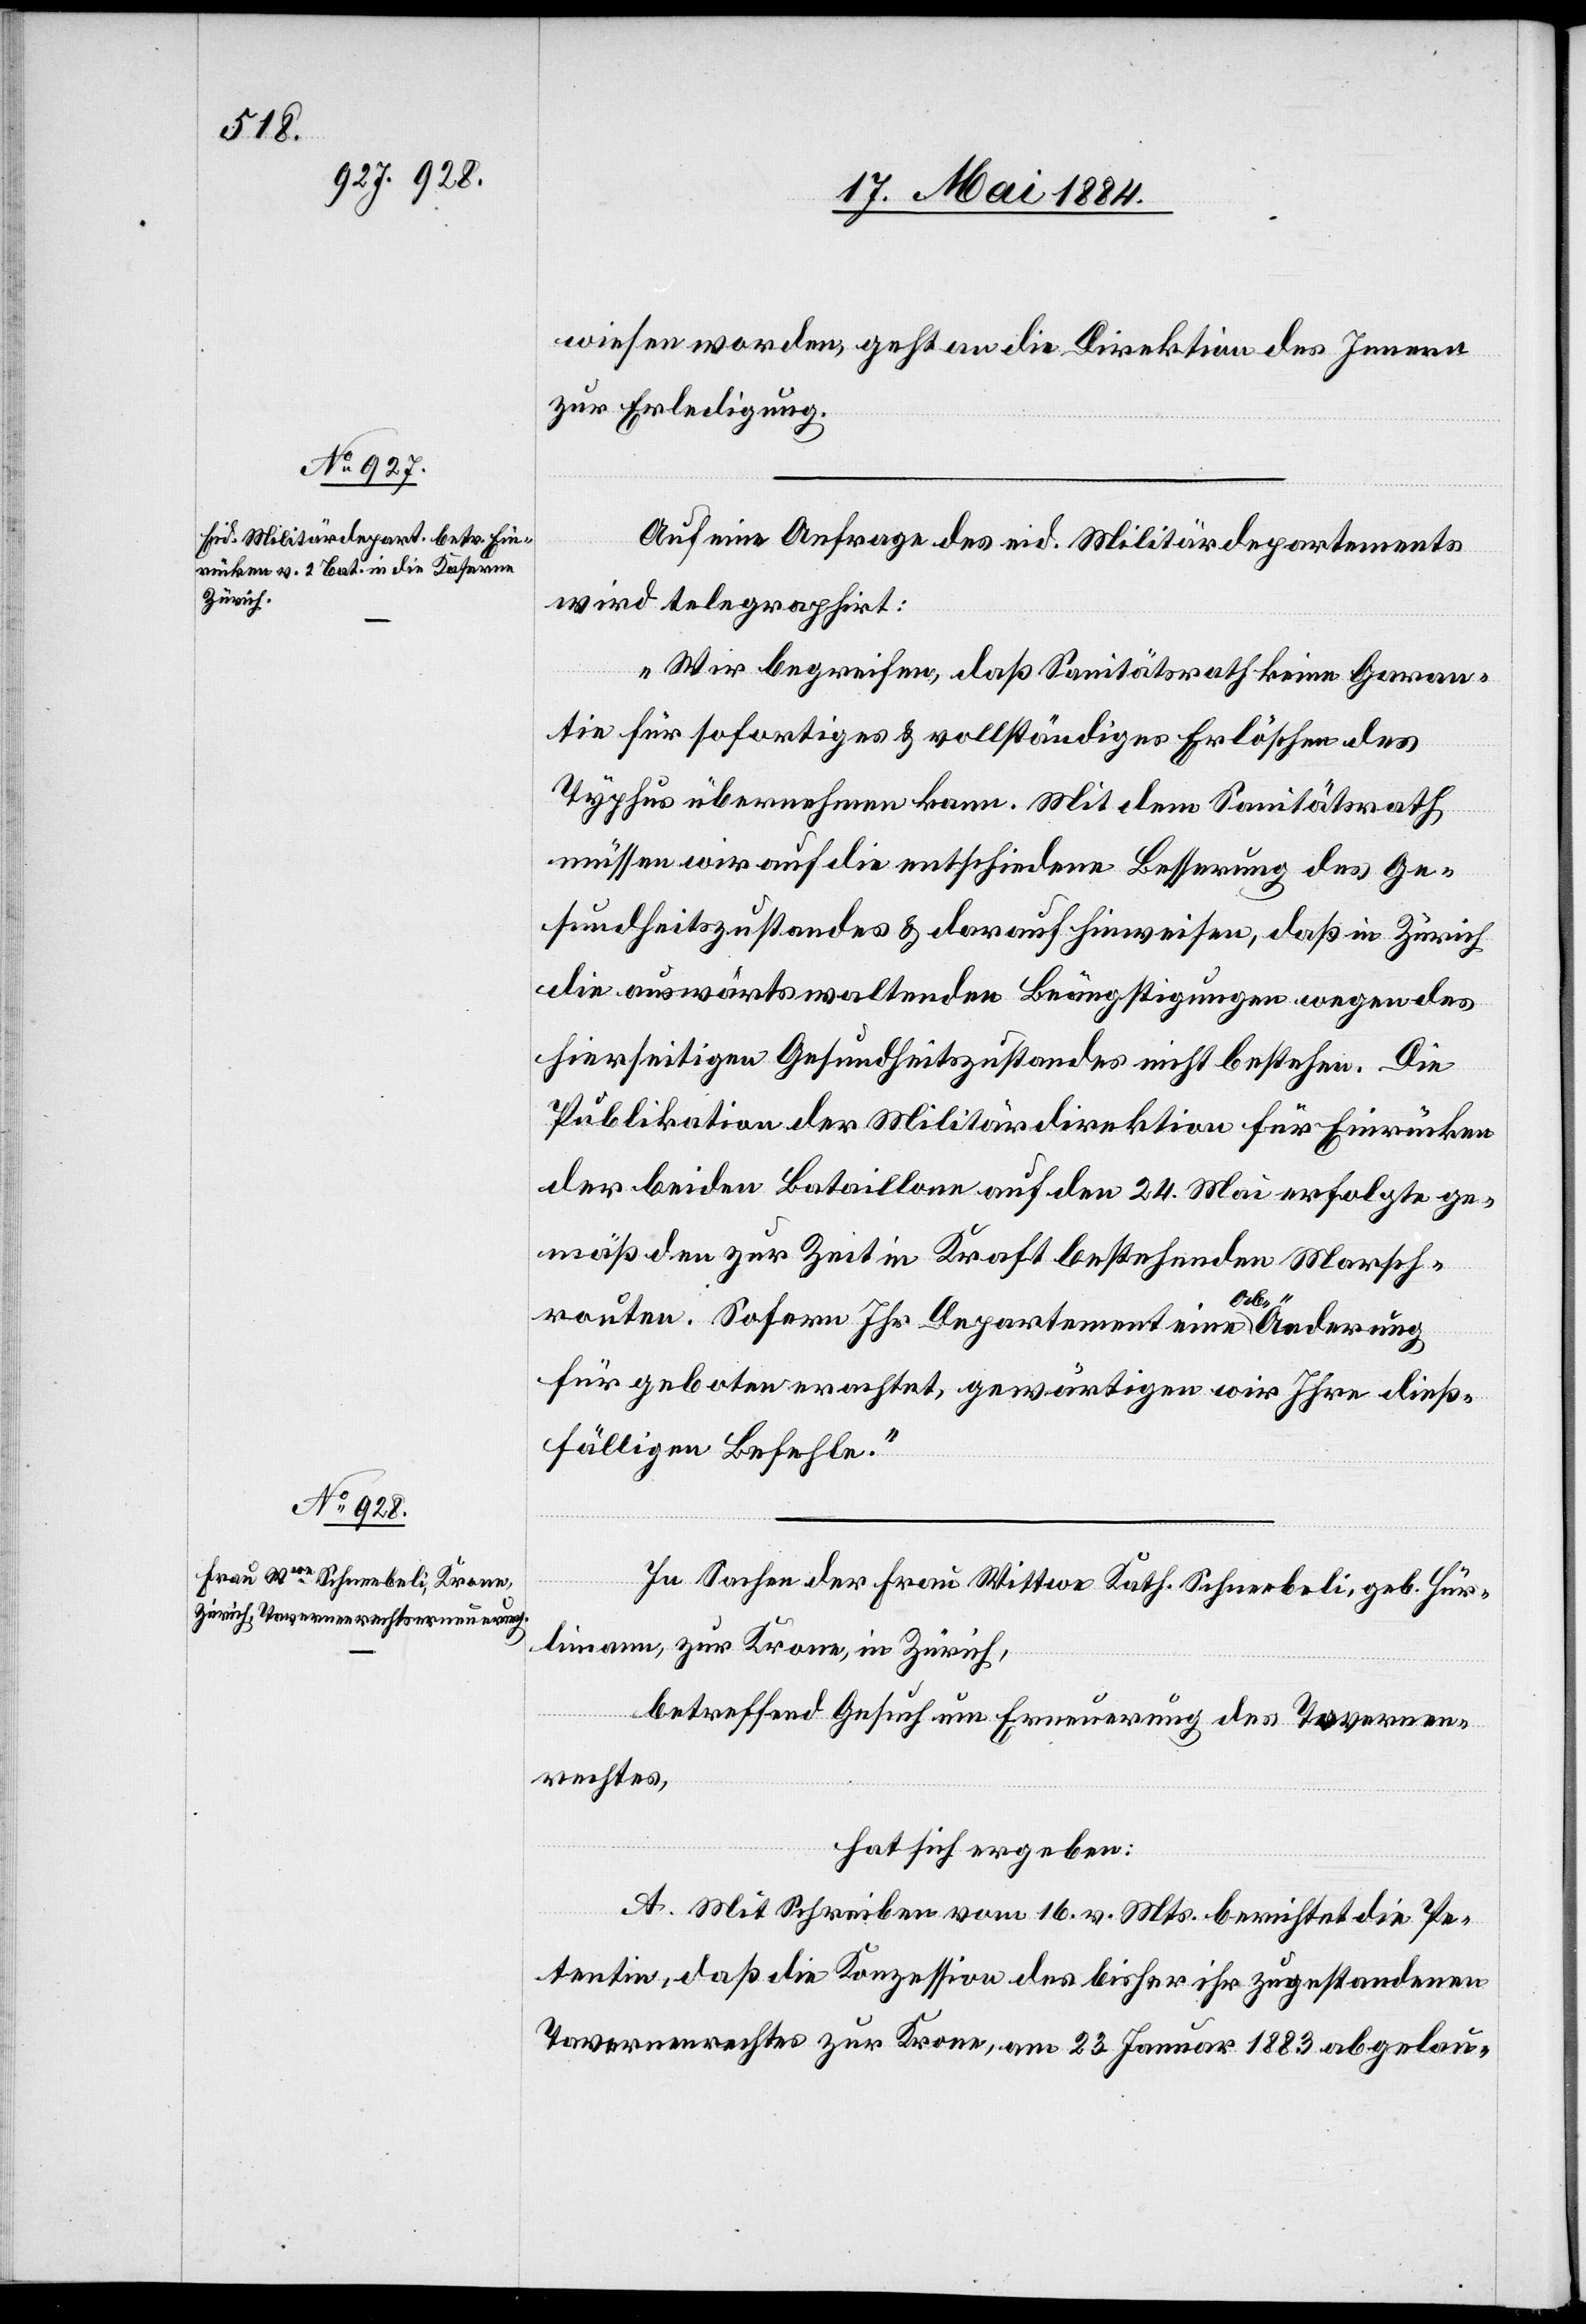
wiesen worden, geht an die Direktion des Innern
zur Erledigung.
Auf eine Anfrage des eid. Militärdepartements
wird telegraphirt:
„Wir begreifen, daß [der] Sanitätsrath keine Garan¬
tie für sofortiges & vollständiges Erlöschen des
Typhus übernehmen kann. Mit dem Sanitätsrath
müssen wir auf die entschiedene Besserung des Ge¬
sundheitszustandes & darauf hinweisen, daß in Zürich
die auswärtswaltenden Beängstigungen wegen des
hierseitigen Gesundheitszustandes nicht bestehen. Die
Publikation der Militärdirektion für Einrücken
der beiden Bataillone auf den 24. Mai erfolgte ge¬
mäß den zur Zeit in Kraft bestehenden Marsch¬
routen. Sofern Ihr Departement eine Abänderung
für geboten erachtet, gewärtigen wir Ihre dieß¬
fälligen Befehle.“
In Sachen der Frau Wittwe Kath. Schneebeli, geb. Hür¬
limann, zur Krone, in Zürich,
betreffend Gesuch um Erneuerung des Tavernen¬
rechtes,
hat sich ergeben:
A. Mit Zuschrift vom 16. v. Mts. berichtet die Pe¬
tentin, daß die Konzession des bisher ihr zugestandenen
Tavernenrechtes zur Krone, am 23. Januar 1883 abgelau-